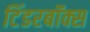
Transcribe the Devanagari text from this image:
टिंडरबॉक्स